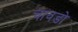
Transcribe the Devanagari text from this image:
चावडो